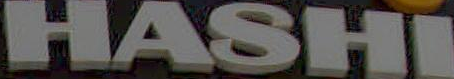
HASHI